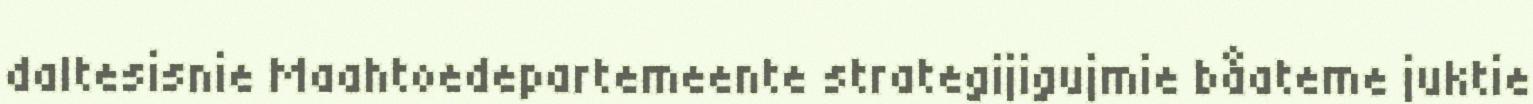
daltesisnie Maahtoedepartemeente strategijigujmie båateme juktie